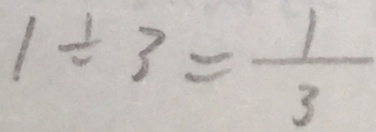
1 \div 3 = \frac { 1 } { 3 }